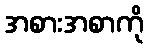
အစားအစာကို